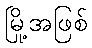
မြို့အဖြစ်